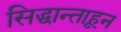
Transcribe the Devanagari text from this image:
सिद्धान्ताहून